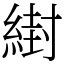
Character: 䋽